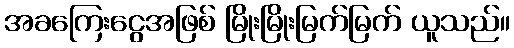
အခကြေးငွေအဖြစ် မြိုးမြိုးမြက်မြက် ယူသည်။